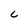
Character: C